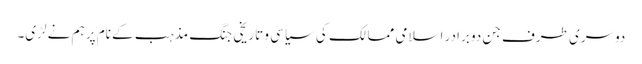
دوسری طرف جن دو برادر اسلامی ممالک کی سیاسی و تاریخی جنگ مذہب کے نام پر ہم نے لڑی۔